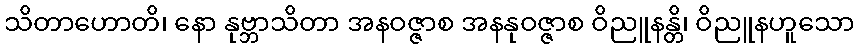
သိတာဟောတိ၊ နော နုဗ္ဘာသိတာ အနဝဇ္ဇာစ အနနုဝဇ္ဇာစ ဝိညူနန္တိ၊ ဝိညူနဟူသော